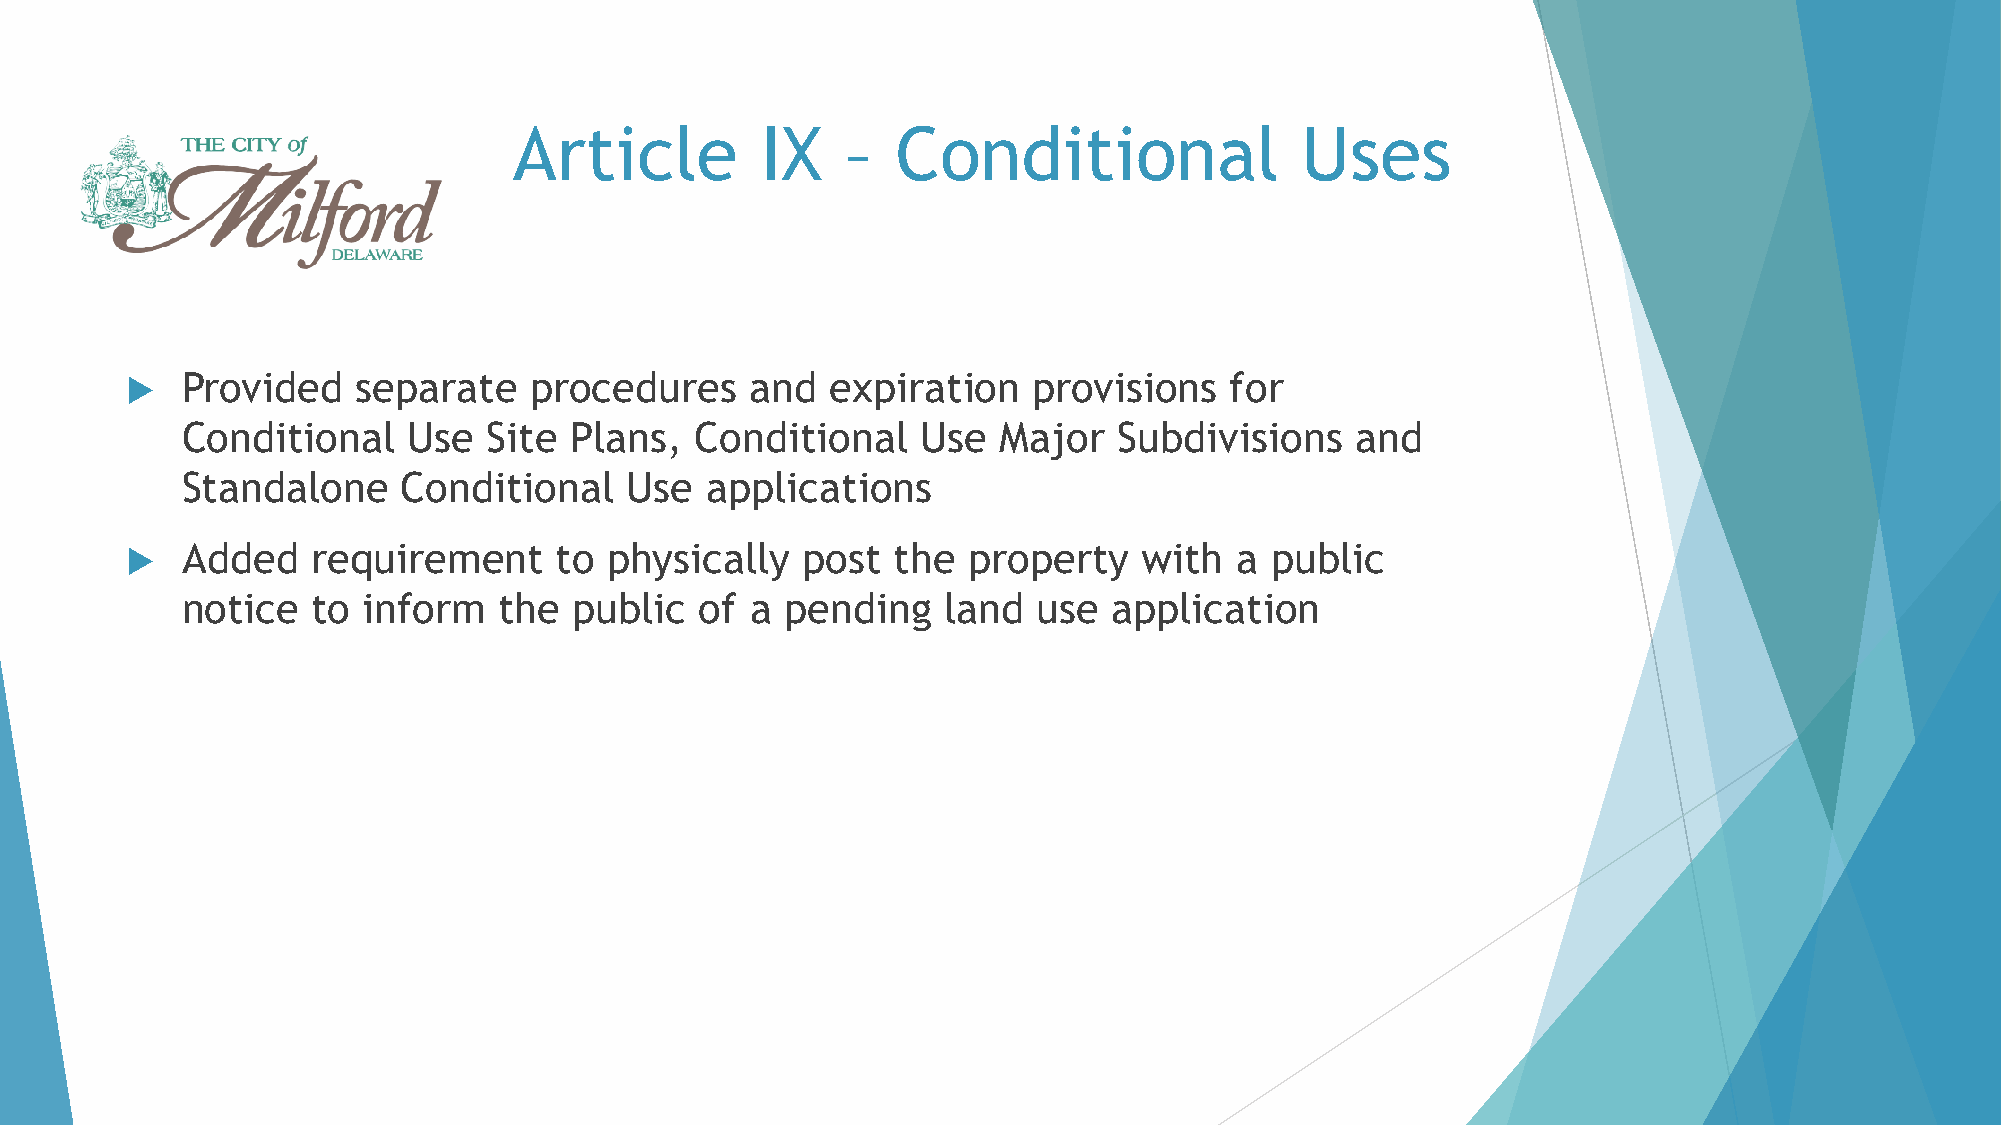
Article         IX    –  Conditional                Uses
    Provided    separate   procedures     and  expiration   provisions   for
 Conditional    Use  Site  Plans,  Conditional    Use  Major   Subdivisions    and
 Standalone     Conditional   Use   applications
    Added    requirement     to physically   post  the  property    with  a public
 notice   to inform   the  public  of  a pending   land   use  application